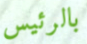
بالرئيس